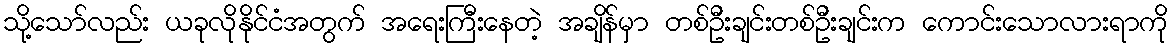
သို့သော်လည်း ယခုလိုနိုင်ငံအတွက် အရေးကြီးနေတဲ့ အချိန်မှာ တစ်ဦးချင်းတစ်ဦးချင်းက ကောင်းသောလားရာကို